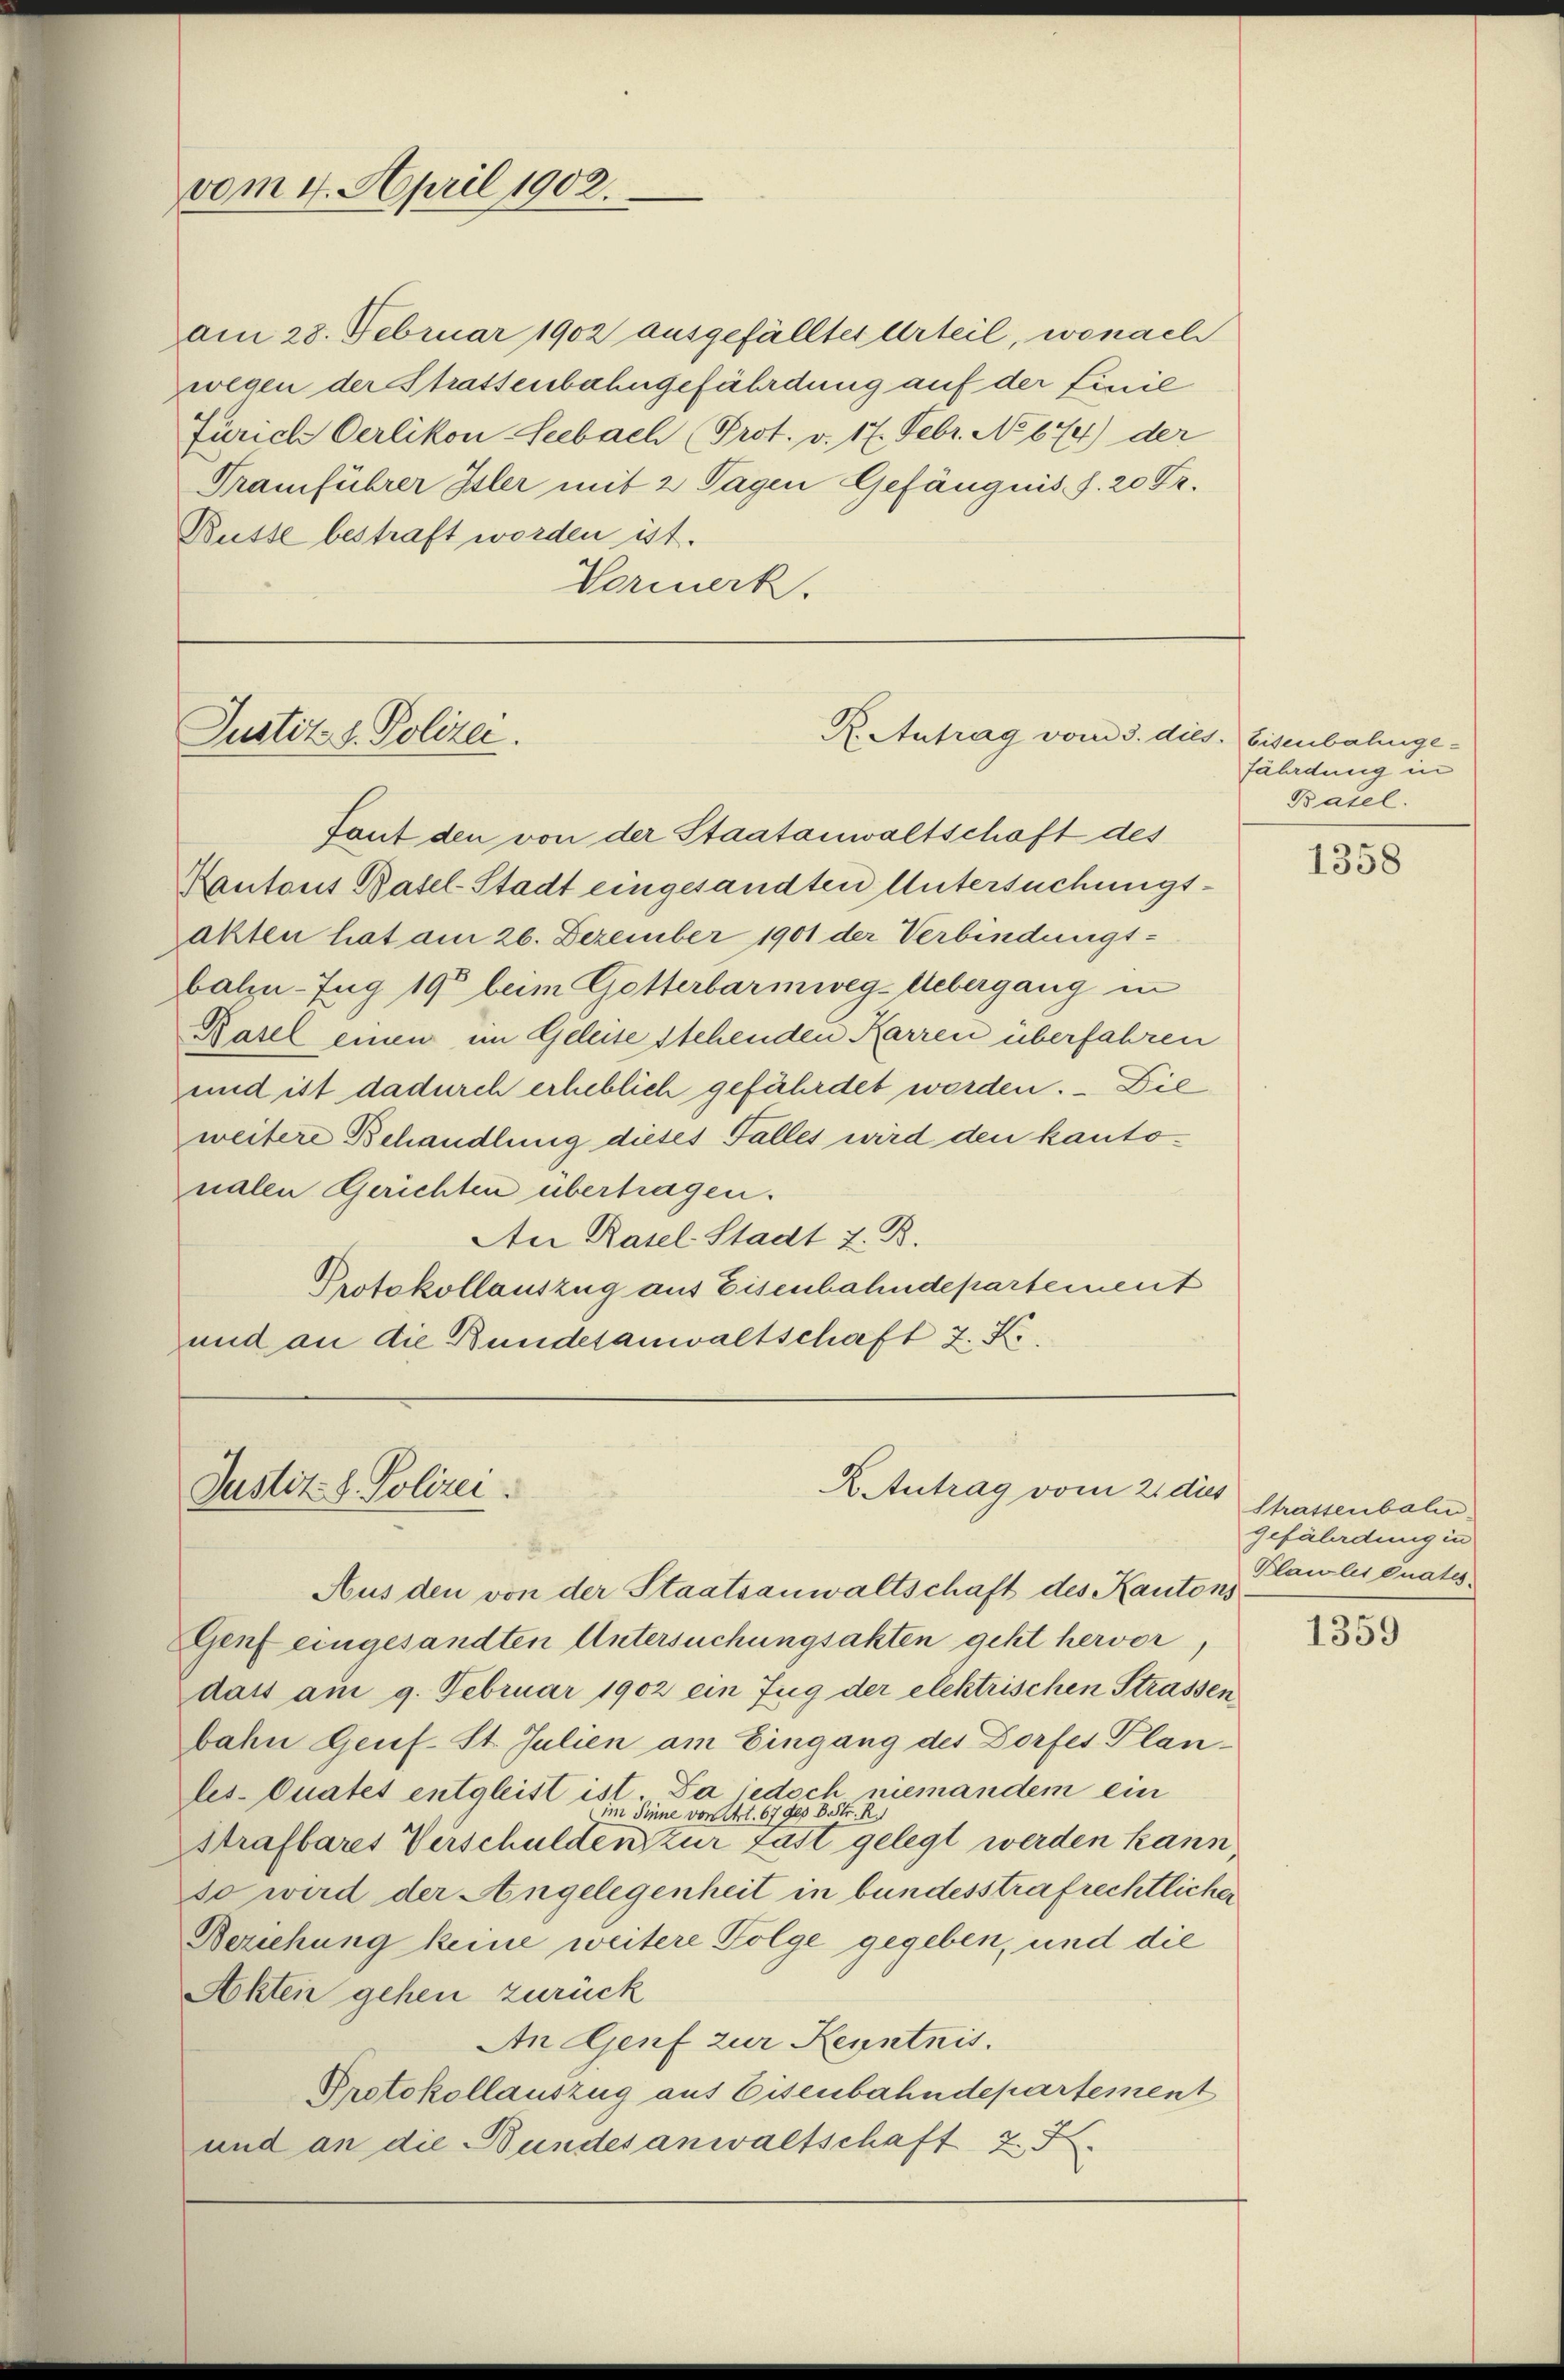
am 28. Februar 1902 ausgefälltes Urteil, wonach
wegen der Strassenbahngefährdung auf der Finie
Zürich Oerlikon Seebach (Prot. v. 17. Febr. No 674) der
Tramführer Isler mit 2 Tagen Gefängnis. S. 20 Fr.
Busse bestraft worden ist.
Vormerk.

vom 4. April 1902.

Justiz z. Polizei.

Justiz- & Polizei.

R. Antrag vom 3. dies. Eisenbahnge¬

X. Antrag vom 2. dies

Tant den von der Staatanwaltschaft des
Kantons Basel-Stadt eingesandten Untersuchungsakten hat am 26. Dezember 1901 der Verbindungsbahn-Zug 19 beim Gotterbarmweg-Uebergang in
Basel einen im Geleise stehenden Karren überfahren
und ist dadurch erheblich gefährdet worden. Die
weitere Behandlung dieses Falles wird den kantonalen Gerichten übertragen.
An Rasel-Stadt z. B.
Protokollauszug aus Eisenbahndepartement
und an die Bundesanwaltschaft 2. X.

Aus den von der Staatsanwaltschaft des Kantons
Genf eingesandten Untersuchungsakten geht hervor,
das am 9. Februar 1902 ein Zug der elektrischen Strassen
bahn Genf. St. Julien am Eingang des Dorfes Plan-
les. Quates entgleist ist. Da jedoch niemandem ein
im Sinne von Art. 67 des B. Str. R.1
strafbares Verschulden zur Last gelegt werden kann
so wird der Angelegenheit in bundesstrafrechtlicher
Beziehung keine weitere Folge gegeben, und die
Akten gehen zurück
An Genf zur Kenntnis.
Protokollauszug aus Eisenbahndepartement
und an die Bundesanwaltschaft 2. F

fährdung in
Basel.

1358

Strassenbali
gefährdung in
Plawles quates.

1359